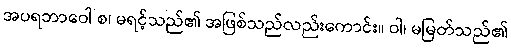
အပရဘာဝေါ စ၊ မရင့်သည်၏ အဖြစ်သည်လည်းကောင်း။ ဝါ၊ မမြတ်သည်၏